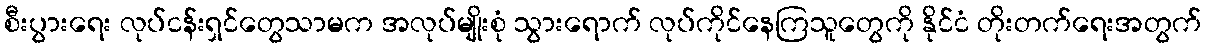
စီးပွားရေး လုပ်ငန်းရှင်တွေသာမက အလုပ်မျိုးစုံ သွားရောက် လုပ်ကိုင်နေကြသူတွေကို နိုင်ငံ တိုးတက်ရေးအတွက်